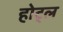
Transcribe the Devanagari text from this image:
होट्ल